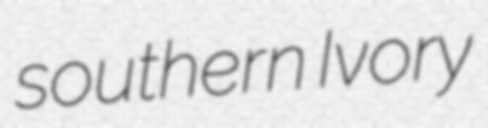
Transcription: southern Ivory